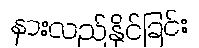
နားလည်နိုင်ခြင်း